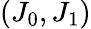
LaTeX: (J_{0},J_{1})